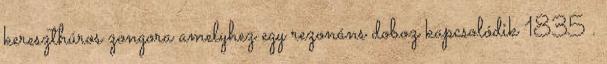
kereszthúros zongora amelyhez egy rezonáns doboz kapcsolódik 1835 .